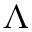
\Lambda